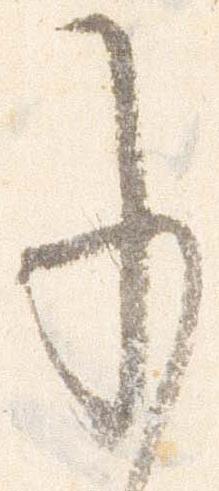
承